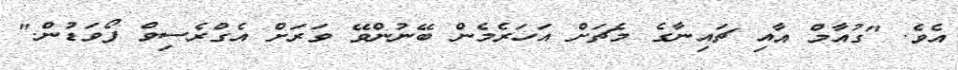
އެވެ. "ގުއާމް އާއި ޗައިނާގެ މެޗަށް އަހަރެމެން ބޭނުންވޭ ވަރަށް އެގްރެސިވް ފޯވަޑުން."